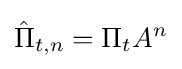
{\hat {\Pi }}_{t,n}=\Pi _{t}A^{n}